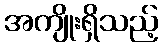
အကျိုးရှိသည့်